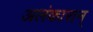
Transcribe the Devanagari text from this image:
अलंकारान्